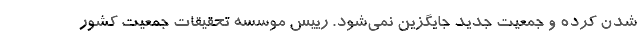
شدن کرده و جمعیت جدید جایگزین نمی‌شود. رییس موسسه تحقیقات جمعیت کشور